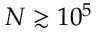
N \gtrsim 1 0 ^ { 5 }